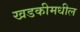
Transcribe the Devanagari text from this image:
खडकीमधील